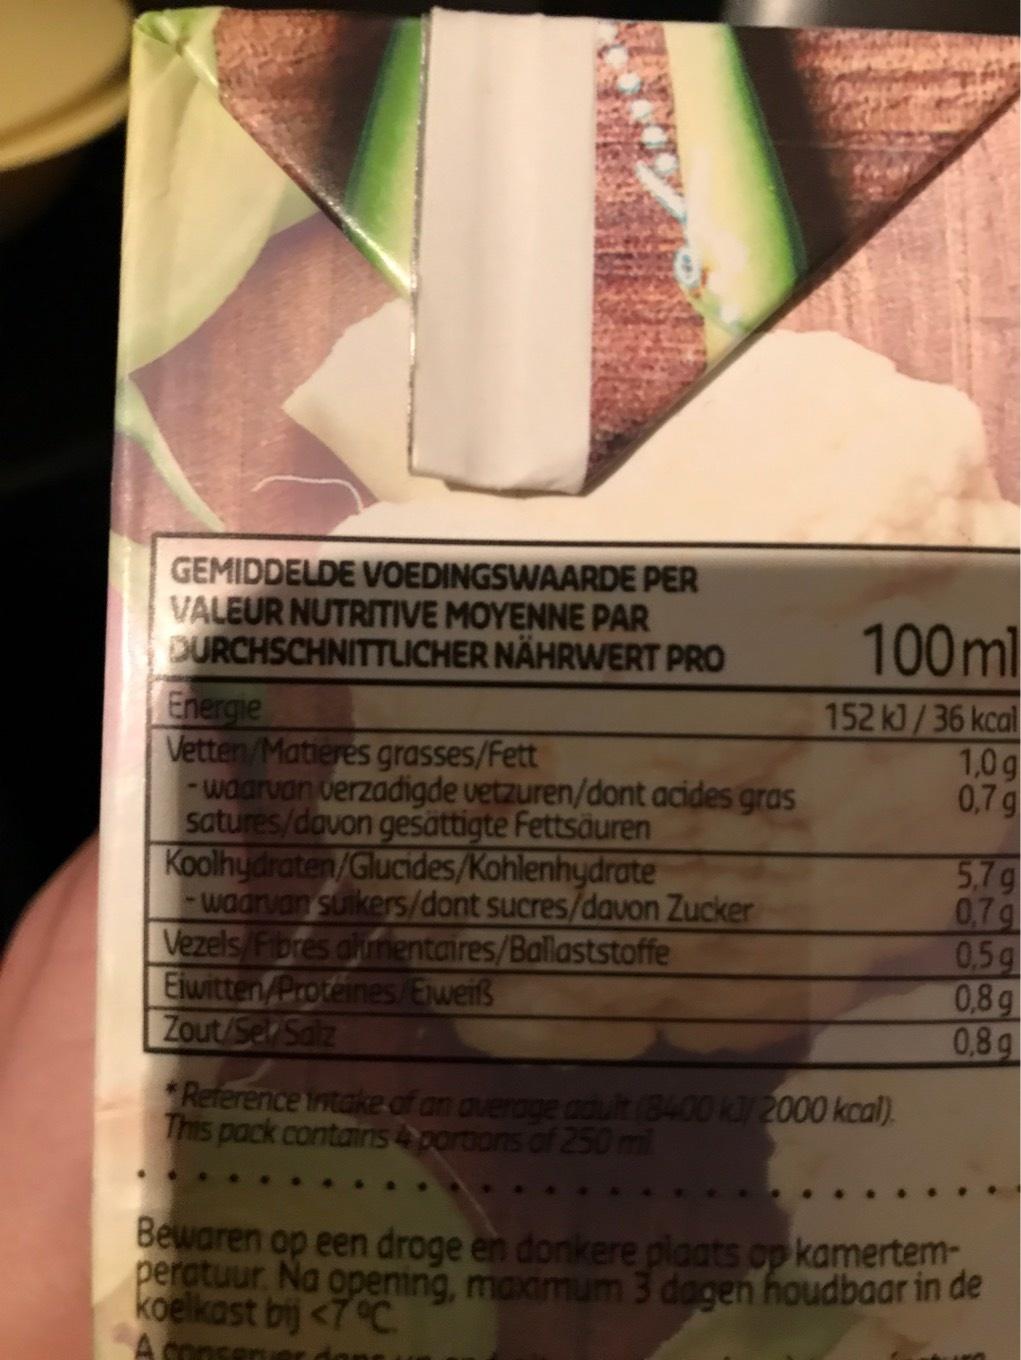
GEMIDDELDE VOEDINGSWAARDE PER VALEUR NUTRITIVE MOYENNE PAR DURCHSCHNITTLICHER NÄHRWERT PRO
Energie
Vetten/Matières grasses/Fett
-waarvan verzadigde vetzuren/dont acides gras satures/davon gesättigte Fettsäuren Koolhydraten/Glucides/Kohlenhydrate
waarvan suikers/dont sucres/davon Zucker
Vezels/Fibres alimentaires/Ballaststoffe
Eiwitten/Proteines/Eweifs
Zout/Sel Salz
100ml
152 kJ/36 kcal
1,0g
0,7 g
Reference intake of an average adult (8400 kJ/2000 kcal) This pack contains 4 portions of 250 ml.
5,7 g
0,7g
0,5 g
0,8g
0,8g
Bewaren op een droge en donkere plaats op kamertemperatuur. Na opening, maximum 3 dagen houdbaar in de koelkast bij <7 °C. A con